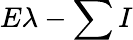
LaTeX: E\lambda-\sum I